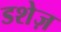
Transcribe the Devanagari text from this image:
डशेज़